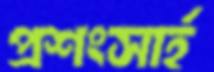
প্রশংসার্হ